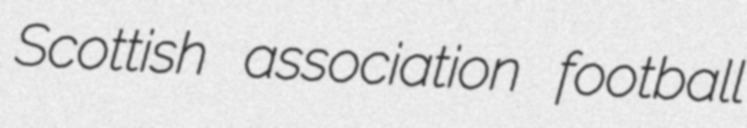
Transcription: Scottish association football